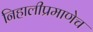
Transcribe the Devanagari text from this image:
निहालीप्रमाणेच